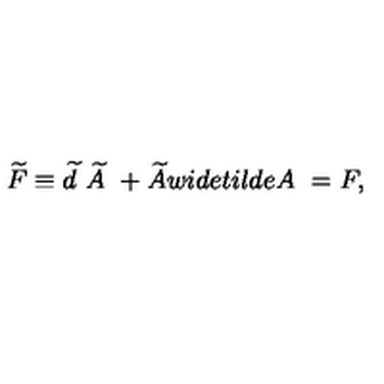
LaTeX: \widetilde { F } \equiv \widetilde { d } \ \widetilde { A } \ + \widetilde { A } w i d e t i l d e { A } \ = F ,